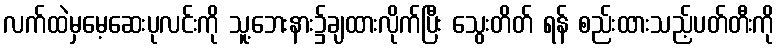
လက်ထဲမှမေ့ဆေးပုလင်းကို သူ့ဘေးနား၌ချထားလိုက်ပြီး သွေးတိတ် ရန် စည်းထားသည့်ပတ်တီးကို